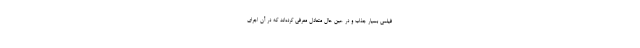
فیلمی بسیار جذاب و در عین حال متعادل معرفی کرده‌اند که در آن اجرای